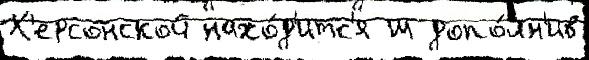
Х'ерсонской нахо́д'итс'я ш допо́лн'ив